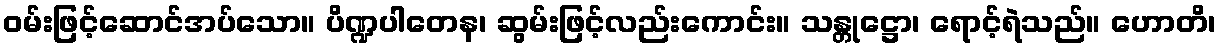
ဝမ်းဖြင့်ဆောင်အပ်သော။ ပိဏ္ဍပါတေန၊ ဆွမ်းဖြင့်လည်းကောင်း။ သန္တုဋ္ဌော၊ ရောင့်ရဲသည်။ ဟောတိ၊